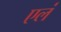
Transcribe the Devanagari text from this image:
एलं